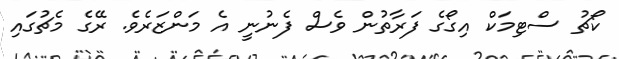
ކޯޗު ސްޓިމަކް އިގޯގެ ފަރާތުން ވެސް ފެނުނީ އެ މަންޒަރެވެ. ރޭގެ މެޗުގައި